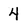
Character: 4